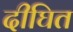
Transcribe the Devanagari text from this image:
दीघित